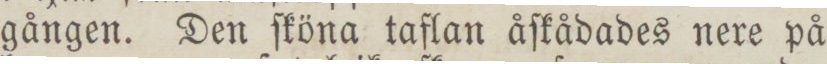
gången. Den ſköna taflan åſkådades nere på